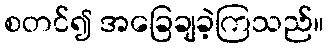
စတင်၍ အခြေချခဲ့ကြသည်။